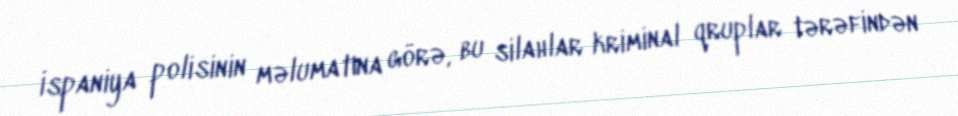
İspaniya polisinin məlumatına görə, bu silahlar kriminal qruplar tərəfindən